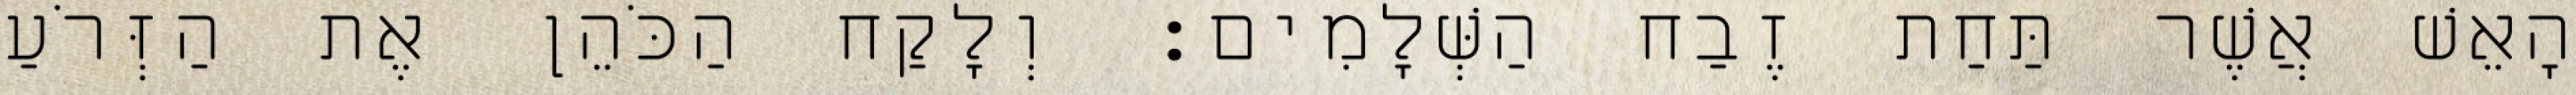
הָאֵשׁ אֲשֶׁר תַּחַת זֶבַח הַשְּׁלָמִים׃ וְלָקַח הַכֹּהֵן אֶת הַזְּרֹעַ